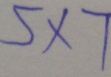
5 \times 7